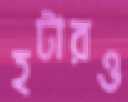
হটারও